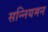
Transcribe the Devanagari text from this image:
सन्नियमन